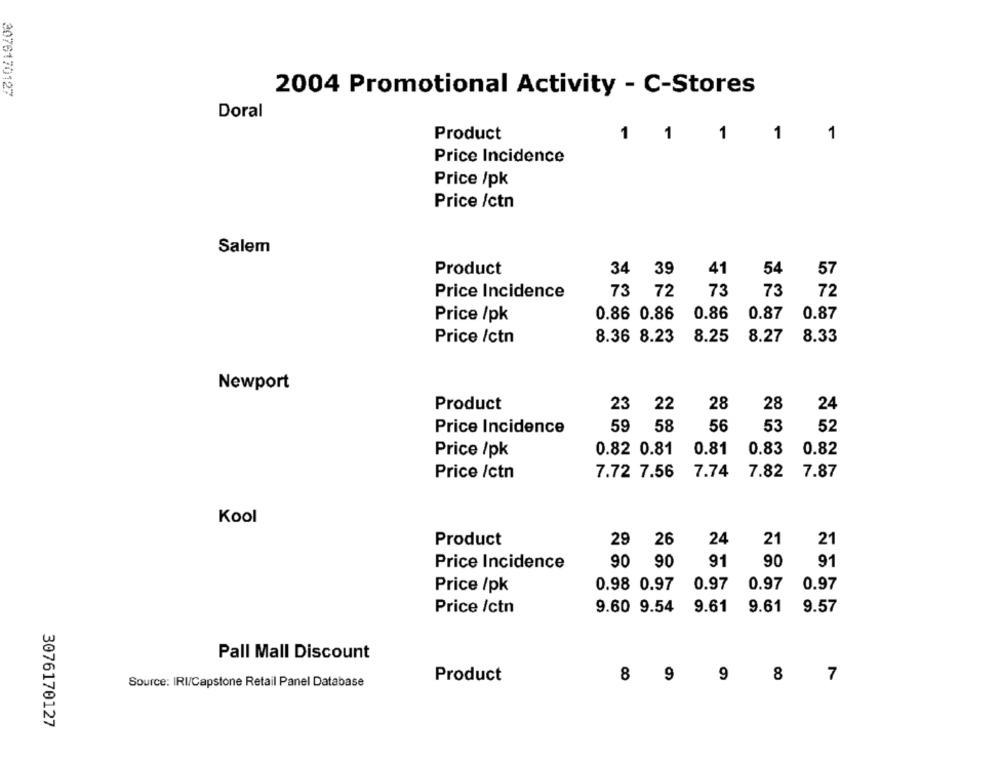
3076170127
2004 Promotional Activity - C-Stores
Doral
Product
1
1
1
1
1
Price Incidence
Price /pk
Price /ctn
Salem
Product
34
39
41
54
57
Price Incidence
73 72
73
73
72
Price /pk
0.86 0.86
0.86
0.87
0.87
Price /ctn
8.36 8.23
8.25
8.27
8.33
Newport
Product
23
22
28
28
24
59
58
56
52
Price Incidence
53
0.81
0.83
Price /pk
0.82 0.81
0.82
7.74
7.82
7.87
Price /ctn
7.72 7.56
Kool
29 26
24
21
21
Product
90 90
91
90
91
Price Incidence
0.98 0.97
0.97
0.97
0.97
Price /pk
Price /ctn
9.60 9.54
9.61
9.61
9.57
Pall Mall Discount
Product
8 9
9
Source: IRI/Capstone Retail Panel Database
8 7
3076170127